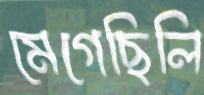
মেগেছিলি